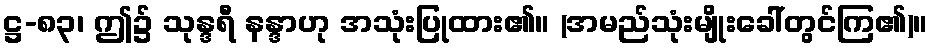
ဋ္ဌ-၈၃၊ ဤ၌ သုန္ဒရီ နန္ဒာဟု အသုံးပြုထား၏။ (အမည်သုံးမျိုးခေါ်တွင်ကြ၏)။